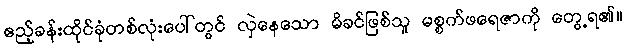
ဧည့်ခန်းထိုင်ခုံတစ်လုံးပေါ်တွင် လှဲနေသော မိခင်ဖြစ်သူ မစ္စက်ဖရေဇာကို တွေ့ရ၏။